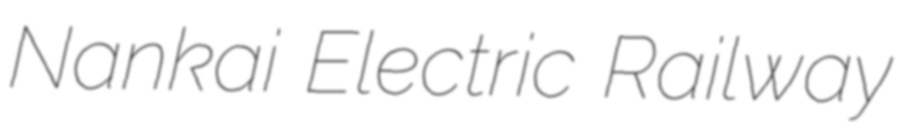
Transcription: Nankai Electric Railway